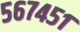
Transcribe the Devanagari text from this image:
५६७४५१